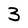
Character: 3